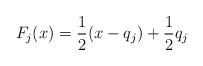
LaTeX: \begin{align*}F_j(x) = \frac{1}{2}(x-q_j) + \frac{1}{2}q_j\end{align*}